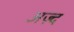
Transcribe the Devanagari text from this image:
अज़्द